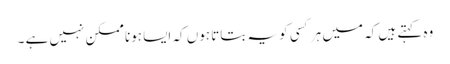
وہ کہتے ہیں کہ میں ہر کسی کو یہ بتاتا ہوں کہ ایسا ہونا ممکن نہیں ہے ۔